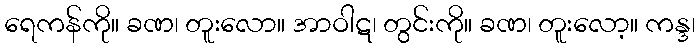
ရေကန်ကို။ ခဏ၊ တူးလော။ အာဝါဋ၊ တွင်းကို။ ခဏ၊ တူးလော့။ ကန္ဒ၊